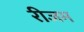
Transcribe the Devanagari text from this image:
रीजम